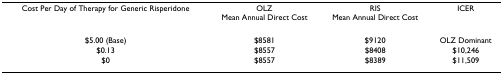
<table><thead><tr><td><b>Cost Per Day of Therapy for Generic Risperidone</b></td><td><b>OLZMean Annual Direct Cost</b></td><td><b>RISMean Annual Direct Cost</b></td><td><b>ICER</b></td></tr></thead><tbody><tr><td>$5.00 (Base)</td><td>$8581</td><td>$9120</td><td>OLZ Dominant</td></tr><tr><td>$0.13</td><td>$8557</td><td>$8408</td><td>$10,246</td></tr><tr><td>$0</td><td>$8557</td><td>$8389</td><td>$11,509</td></tr></tbody></table>